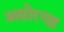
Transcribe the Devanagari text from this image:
असोरगढ़